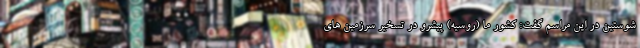
شوستین در این مراسم گفت: کشور ما (روسیه) پیشرو در تسخیر سرزمین های